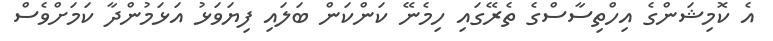
އެ ކޮމިޝަންގެ އިހްތިސާސްގެ ތެރޭގައި ހިމެނޭ ކަންކަން ބަލައި ފިޔަވަޅު އަޅަމުންދާ ކަމަށްވެސް